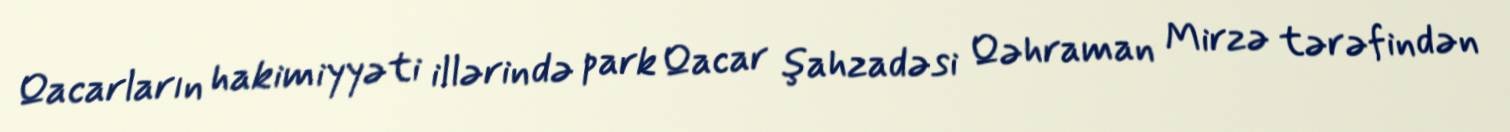
Qacarların hakimiyyəti illərində park Qacar şahzadəsi Qəhraman Mirzə tərəfindən